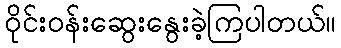
ဝိုင်းဝန်းဆွေးနွေးခဲ့ကြပါတယ်။